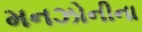
મનઝોનીના